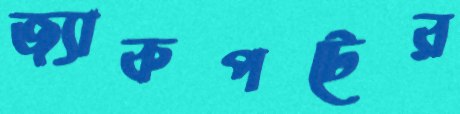
জ্যাকপটের